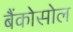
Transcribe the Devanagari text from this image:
बैंकोसोल